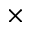
\times